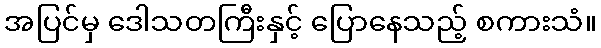
အပြင်မှ ဒေါသတကြီးနှင့် ပြောနေသည့် စကားသံ။